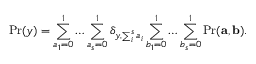
\mathrm { P r } ( y ) = \sum _ { a _ { 1 } = 0 } ^ { 1 } \dots \sum _ { a _ { s } = 0 } ^ { 1 } \delta _ { y , \sum _ { i } ^ { s } a _ { i } } \sum _ { b _ { 1 } = 0 } ^ { 1 } \dots \sum _ { b _ { s } = 0 } ^ { 1 } \mathrm { P r } ( \mathbf { a } , \mathbf { b } ) .